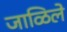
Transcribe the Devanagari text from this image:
जाळिले